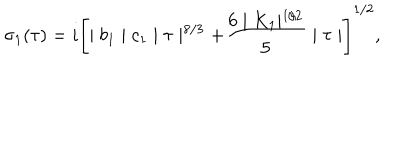
\sigma _ { 1 } ( \tau ) = i \left[ \mid b _ { 1 } \mid c _ { 1 } \mid \tau \mid ^ { 8 / 3 } + \frac { 6 \mid K _ { 1 } \mid ^ { 1 / 2 } } { 5 } \mid \tau \mid \right] ^ { 1 / 2 } ,